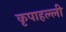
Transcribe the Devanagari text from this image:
कृपाहल्ली